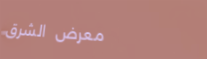
معرض الشرق